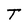
Character: T